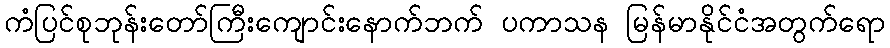
ကံပြင်စုဘုန်းတော်ကြီးကျောင်းနောက်ဘက် ပကာသန မြန်မာနိုင်ငံအတွက်ရော